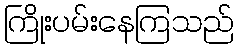
ကြိုးပမ်းနေကြသည်